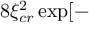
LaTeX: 8 \xi _ { c r } ^ { 2 } \exp [ -